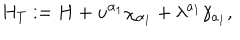
H _ { T } : = H + u ^ { \alpha _ { 1 } } \chi _ { \alpha _ { 1 } } + \lambda ^ { a _ { 1 } } \gamma _ { a _ { 1 } } ,